Indian journal of veterinary science and animal husbandry - Volumes 15-17, 1948-1951
Year: 1948
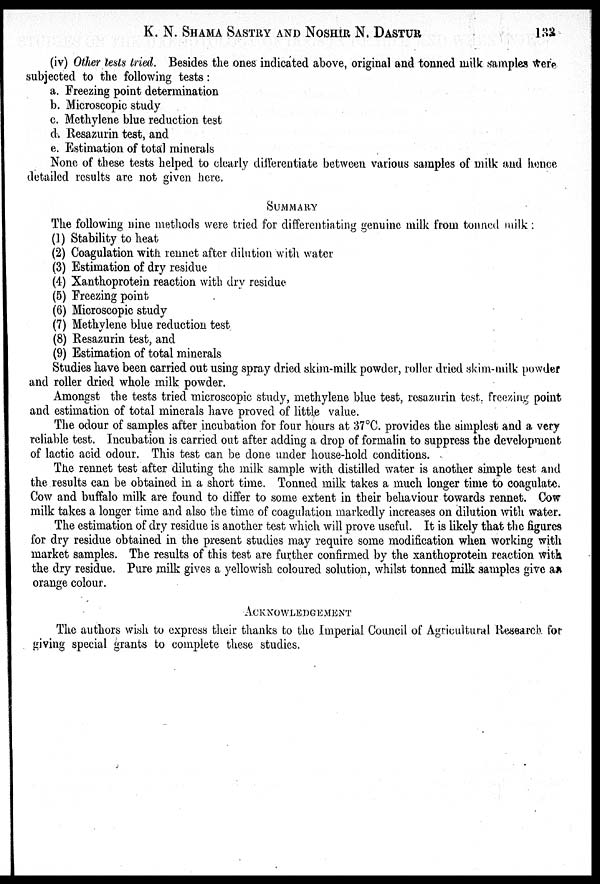
K. N. SHAMA SASTRY AND NOSHIR N. DASTUR
133
(iv) Other tests tried. Besides the ones indicated above, original and tonned milk samples were
subjected to the following tests:
a. Freezing point determination
b. Microscopic study
c. Methylene blue reduction test
d. Resazurin test, and
e. Estimation of total minerals
None of these tests helped to clearly differentiate between various samples of milk and hence
detailed results are not given here.
SUMMARY
The following nine methods were tried for differentiating genuine milk from tonned milk :
(1) Stability to heat
(2) Coagulation with rennet after dilution with water
(3) Estimation of dry residue
(4) Xanthoprotein reaction with dry residue
(5) Freezing point
(6) Microscopic study
(7) Methylene blue reduction test
(8) Resazurin test, and
(9) Estimation of total minerals
Studies have been carried out using spray dried skim-milk powder, roller dried skim-milk powder
and roller dried whole milk powder.
Amongst the tests tried microscopic study, methylene blue test, resazurin test, freezing point
and estimation of total minerals have proved of little value.
The odour of samples after incubation for four hours at 37°C. provides the simplest and a very
reliable test. Incubation is carried out after adding a drop of formalin to suppress the development
of lactic acid odour. This test can be done under house-hold conditions.
The rennet test after diluting the milk sample with distilled water is another simple test and
the results can be obtained in a short time. Tonned milk takes a much longer time to coagulate.
Cow and buffalo milk are found to differ to some extent in their behaviour towards rennet. Cow
milk takes a longer time and also the time of coagulation markedly increases on dilution with water.
The estimation of dry residue is another test which will prove useful. It is likely that the figures
for dry residue obtained in the present studies may require some modification when working with
market samples. The results of this test are further confirmed by the xanthoprotein reaction with
the dry residue. Pure milk gives a yellowish coloured solution, whilst tonned milk samples give an
orange colour.
ACKNOWLEDGEMENT
The authors wish to express their thanks to the Imperial Council of Agricultural Research for
giving special grants to complete these studies.